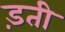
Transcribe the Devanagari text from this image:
ड़ती